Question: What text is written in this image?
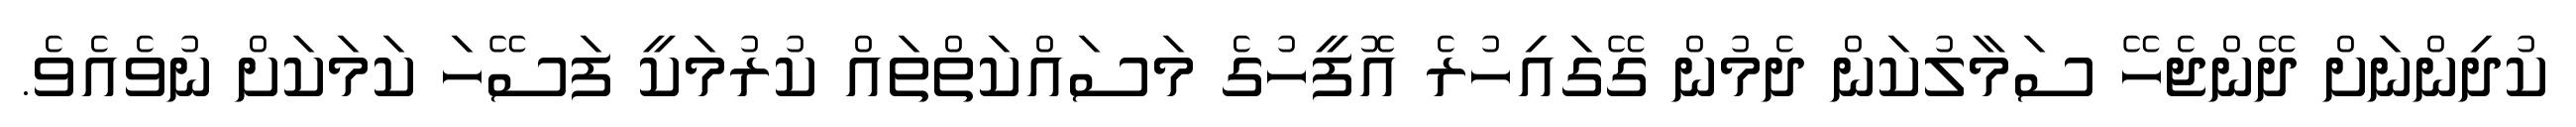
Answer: ކުދިންނަށް ދޭންޖެހޭ ސަމާލުކަން ދެމުން ގޭގައިހުރެ އޮފީހުގެ މަސައްކަތްތައް ކުރުމަކީ ފަސޭހަ ކަމަކަށް ނުވެއެވެ.